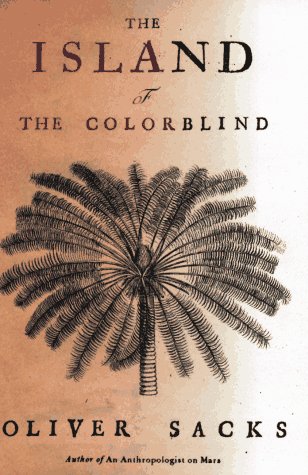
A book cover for The Island of the Colorblind; Oliver Sacks; Medical Books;